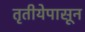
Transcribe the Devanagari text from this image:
तृतीयेपासून